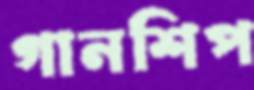
গানশিপ